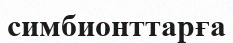
симбионттарға